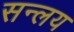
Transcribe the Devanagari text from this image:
सन्लय